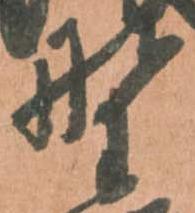
野